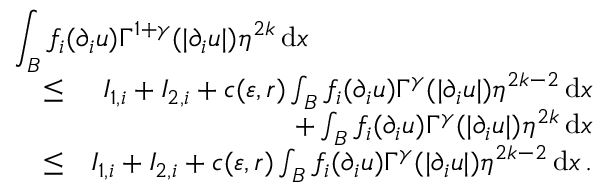
\begin{array} { r l r } { \lefteqn { \int _ { B } f _ { i } ( \partial _ { i } u ) \Gamma ^ { 1 + \gamma } ( | \partial _ { i } u | ) \eta ^ { 2 k } \, \mathrm { d } x } } \\ & { \leq } & { I _ { 1 , i } + I _ { 2 , i } + c ( \varepsilon , r ) \int _ { B } f _ { i } ( \partial _ { i } u ) \Gamma ^ { \gamma } ( | \partial _ { i } u | ) \eta ^ { 2 k - 2 } \, \mathrm { d } x } \\ & { } & { + \int _ { B } f _ { i } ( \partial _ { i } u ) \Gamma ^ { \gamma } ( | \partial _ { i } u | ) \eta ^ { 2 k } \, \mathrm { d } x } \\ & { \leq } & { I _ { 1 , i } + I _ { 2 , i } + c ( \varepsilon , r ) \int _ { B } f _ { i } ( \partial _ { i } u ) \Gamma ^ { \gamma } ( | \partial _ { i } u | ) \eta ^ { 2 k - 2 } \, \mathrm { d } x \, . } \end{array}